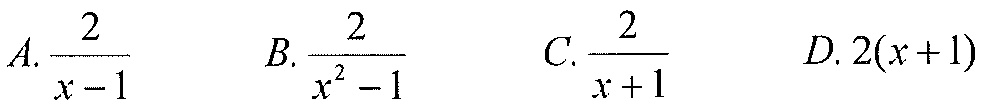
$A.\frac{2}{x - 1}\ \ \ \ B.\frac{2}{x^{2}-1}\ \ \ \ C.\frac{2}{x + 1}\ \ \ \ D.2(x + 1)$